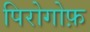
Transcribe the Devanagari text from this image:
पिरोगोफ़